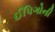
ઈપિગોની